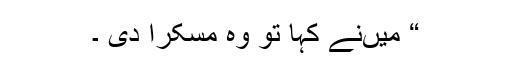
“ میںنے کہا تو وہ مسکرا دی ۔